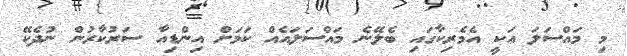
މި މައްސަލަ އަކީ އެމެރިކާގައި ބެލޭނެ މައްސަލައެއް ކަމަށް އިންޑިއާ ސަރުކާރުން ނުދެކޭ